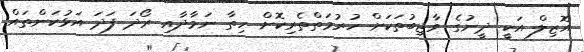
އޮޒިލް އަކީ ދީނުގެ ވާޖިބުތަކަށް ހުރުމަތްތެރިކޮށް ހިތާ ނަމާދާއި ރޯދަ ފަދަ އަޅުކަންތައް